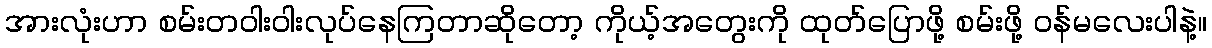
အားလုံးဟာ စမ်းတဝါးဝါးလုပ်နေကြတာဆိုတော့ ကိုယ့်အတွေးကို ထုတ်ပြောဖို့ စမ်းဖို့ ဝန်မလေးပါနဲ့။